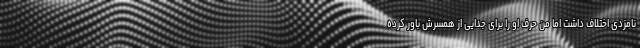
نامزدی اختلاف داشت اما من حرف او را برای جدایی از همسرش باور کرده